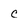
Character: c